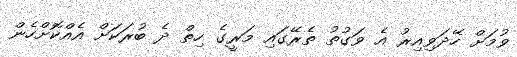
ވުމަށް ހޭދަވިއިރު އެ ވަގުތު ތެރޭގައި މަރީގެ ހިތް ދެ ބުރަކަށް އެއްކޮށްހެން